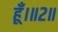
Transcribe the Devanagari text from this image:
हूँ।॥२॥